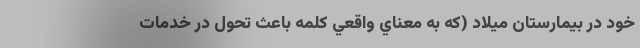
خود در بيمارستان ميلاد (كه به معناي واقعي كلمه باعث تحول در خدمات